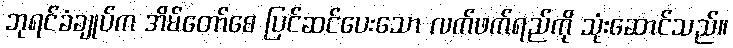
ဘုရင်ခံချုပ်က အိမ်တော်စေ ပြင်ဆင်ပေးသော လက်ဖက်ရည်ကို သုံးဆောင်သည်။